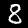
Digit: 8